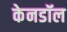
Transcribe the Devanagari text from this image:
केनडॉल